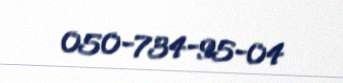
050-734-95-04